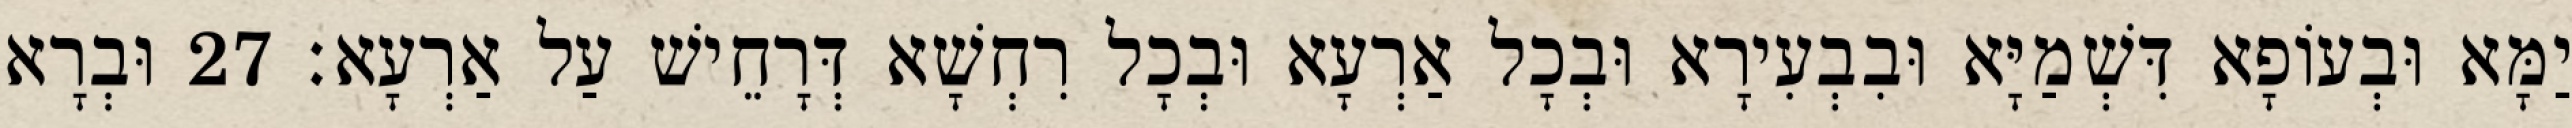
יַמָּא וּבְעוֹפָא דִּשְׁמַיָּא וּבִבְעִירָא וּבְכָל אַרְעָא וּבְכָל רִחְשָׁא דְּרָחֵישׁ עַל אַרְעָא׃ 27 וּבְרָא